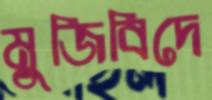
মুজিবিদে